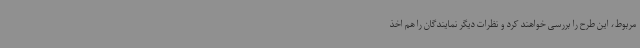
مربوط، این طرح را بررسی خواهند کرد و نظرات دیگر نمایندگان را هم اخذ